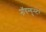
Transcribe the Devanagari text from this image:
नॉयम्युन्स्टर